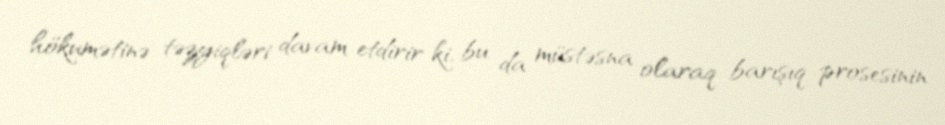
hökumətinə təzyiqləri davam etdirir ki, bu da müstəsna olaraq barışıq prosesinin